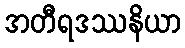
အတီရဒဿနိယာ